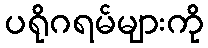
ပရိုဂရမ်များကို